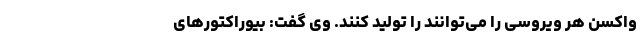
واکسن هر ویروسی را می‌توانند را تولید کنند. وی گفت: بیوراکتور‌های